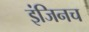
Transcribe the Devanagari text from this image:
इंजिनच